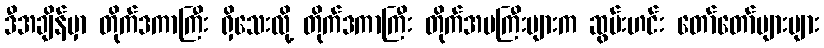
ဒီအချိန်မှာ တိုက်ဒကာကြီး ရှိသေးလို့ တိုက်ဒကာကြီး တိုက်အမကြီးများက ဆွမ်းဟင်း တော်တော်များများ